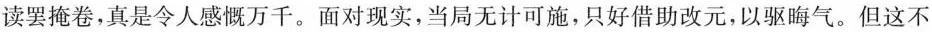
读罢掩卷，真是令人感慨万千。面对现实，当局无计可施，只好借助改元，以驱晦气。但这不